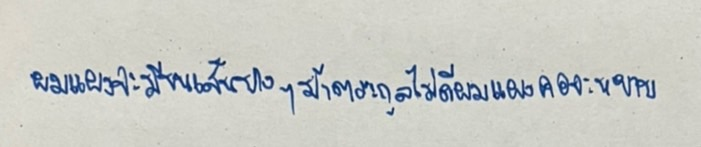
ผมแผงจะมีขนเส้นบางๆม้าตระกูลไม่ดีผมแผงคอจะหยาบ